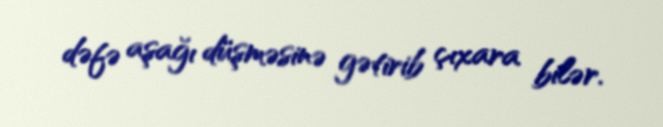
dəfə aşağı düşməsinə gətirib çıxara bilər.